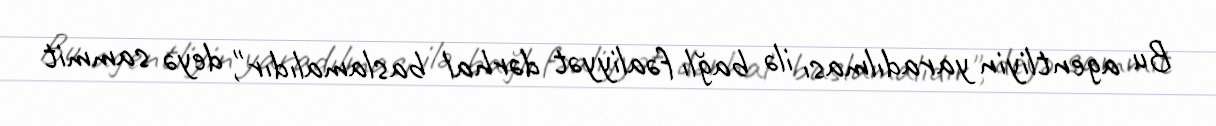
Bu agentliyin yaradılması ilə bağlı fəaliyyət dərhal baslamalıdır", deyə sammit